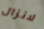
لانزال